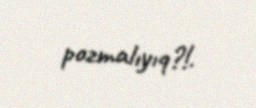
pozmalıyıq?!.